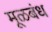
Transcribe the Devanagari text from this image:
मूळबंध